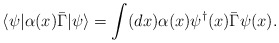
\begin{align*}\langle \psi|\alpha(x)\bar{\Gamma}|\psi \rangle=\int (dx) \alpha(x)\psi^{\dagger}(x)\bar{\Gamma}\psi(x).\end{align*}